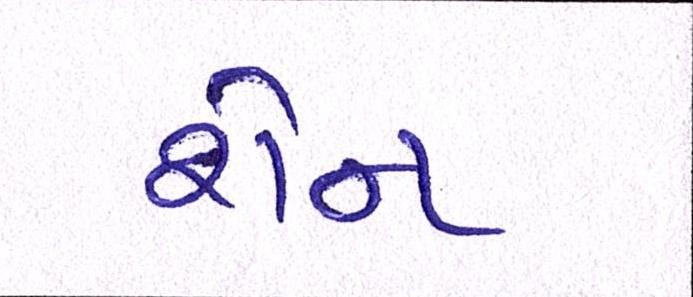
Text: શેન